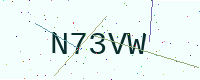
Text: N73VW